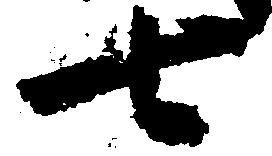
七